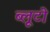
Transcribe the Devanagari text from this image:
ब्लूटो